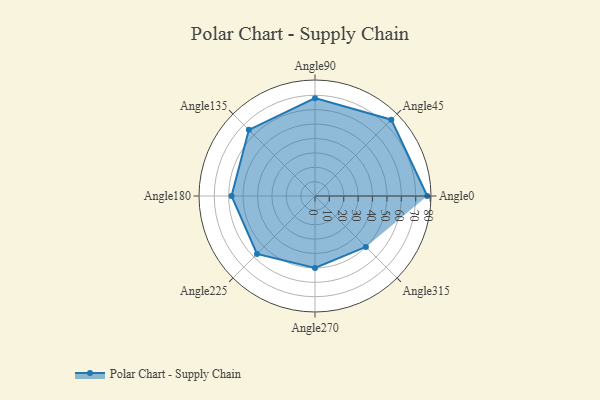
{"axis": {"x": "Angle", "y": "Radius"}, "legend": [""], "data": [{"x": "Angle0", "y": 78.0, "type": ""}, {"x": "Angle45", "y": 75.0, "type": ""}, {"x": "Angle90", "y": 68.0, "type": ""}, {"x": "Angle135", "y": 65.0, "type": ""}, {"x": "Angle180", "y": 58.0, "type": ""}, {"x": "Angle225", "y": 57.0, "type": ""}, {"x": "Angle270", "y": 50, "type": ""}, {"x": "Angle315", "y": 50, "type": ""}]}